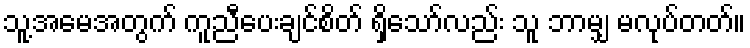
သူ့အမေအတွက် ကူညီပေးချင်စိတ် ရှိသော်လည်း သူ ဘာမျှ မလုပ်တတ်။